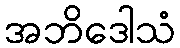
အဘိဒေါသံ